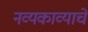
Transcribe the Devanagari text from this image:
नव्यकाव्याचे